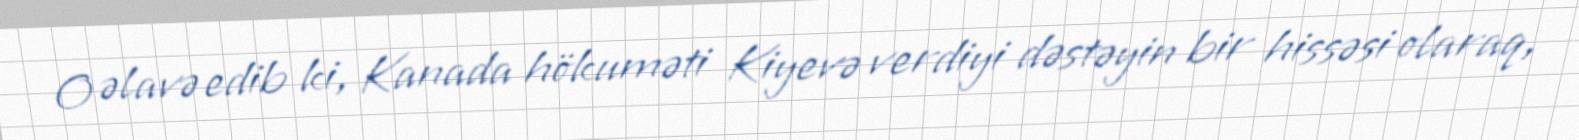
O əlavə edib ki, Kanada hökuməti Kiyevə verdiyi dəstəyin bir hissəsi olaraq,